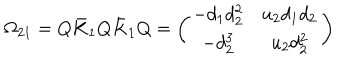
LaTeX: \Omega _ { 2 1 } = Q \bar { K } _ { 1 } Q \bar { K } _ { 1 } Q = \left( \begin{array} { c c } { { - d _ { 1 } d _ { 2 } ^ { 2 } } } & { { u _ { 2 } d _ { 1 } d _ { 2 } } } \\ { { - d _ { 2 } ^ { 3 } } } & { { u _ { 2 } d _ { 2 } ^ { 2 } } } \\ \end{array} \right)